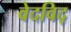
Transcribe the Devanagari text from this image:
वेदविद्